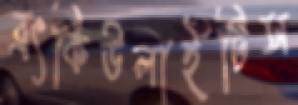
ব্রংকিউলাইটিস